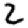
Digit: 2